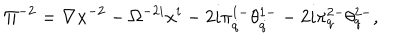
\Pi ^ { - 2 } = \nabla x ^ { - 2 } - \Omega ^ { - 2 i } x ^ { i } - 2 i \pi _ { \dot { q } } ^ { 1 - } \theta _ { \dot { q } } ^ { 1 - } - 2 i \pi _ { q } ^ { 2 - } \theta _ { q } ^ { 2 - } ,